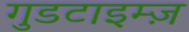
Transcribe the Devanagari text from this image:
गुडटाइम्ज़